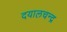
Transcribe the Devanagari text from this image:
दयालचन्द्र